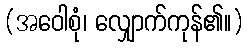
(အဝေါစုံ၊ လျှောက်ကုန်၏။)